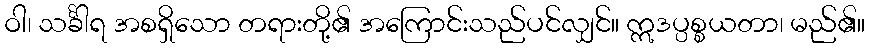
ဝါ၊ သင်္ခါရ အစရှိသော တရားတို့၏ အကြောင်းသည်ပင်လျှင်။ ဣဒပ္ပစ္စယတာ၊ မည်၏။